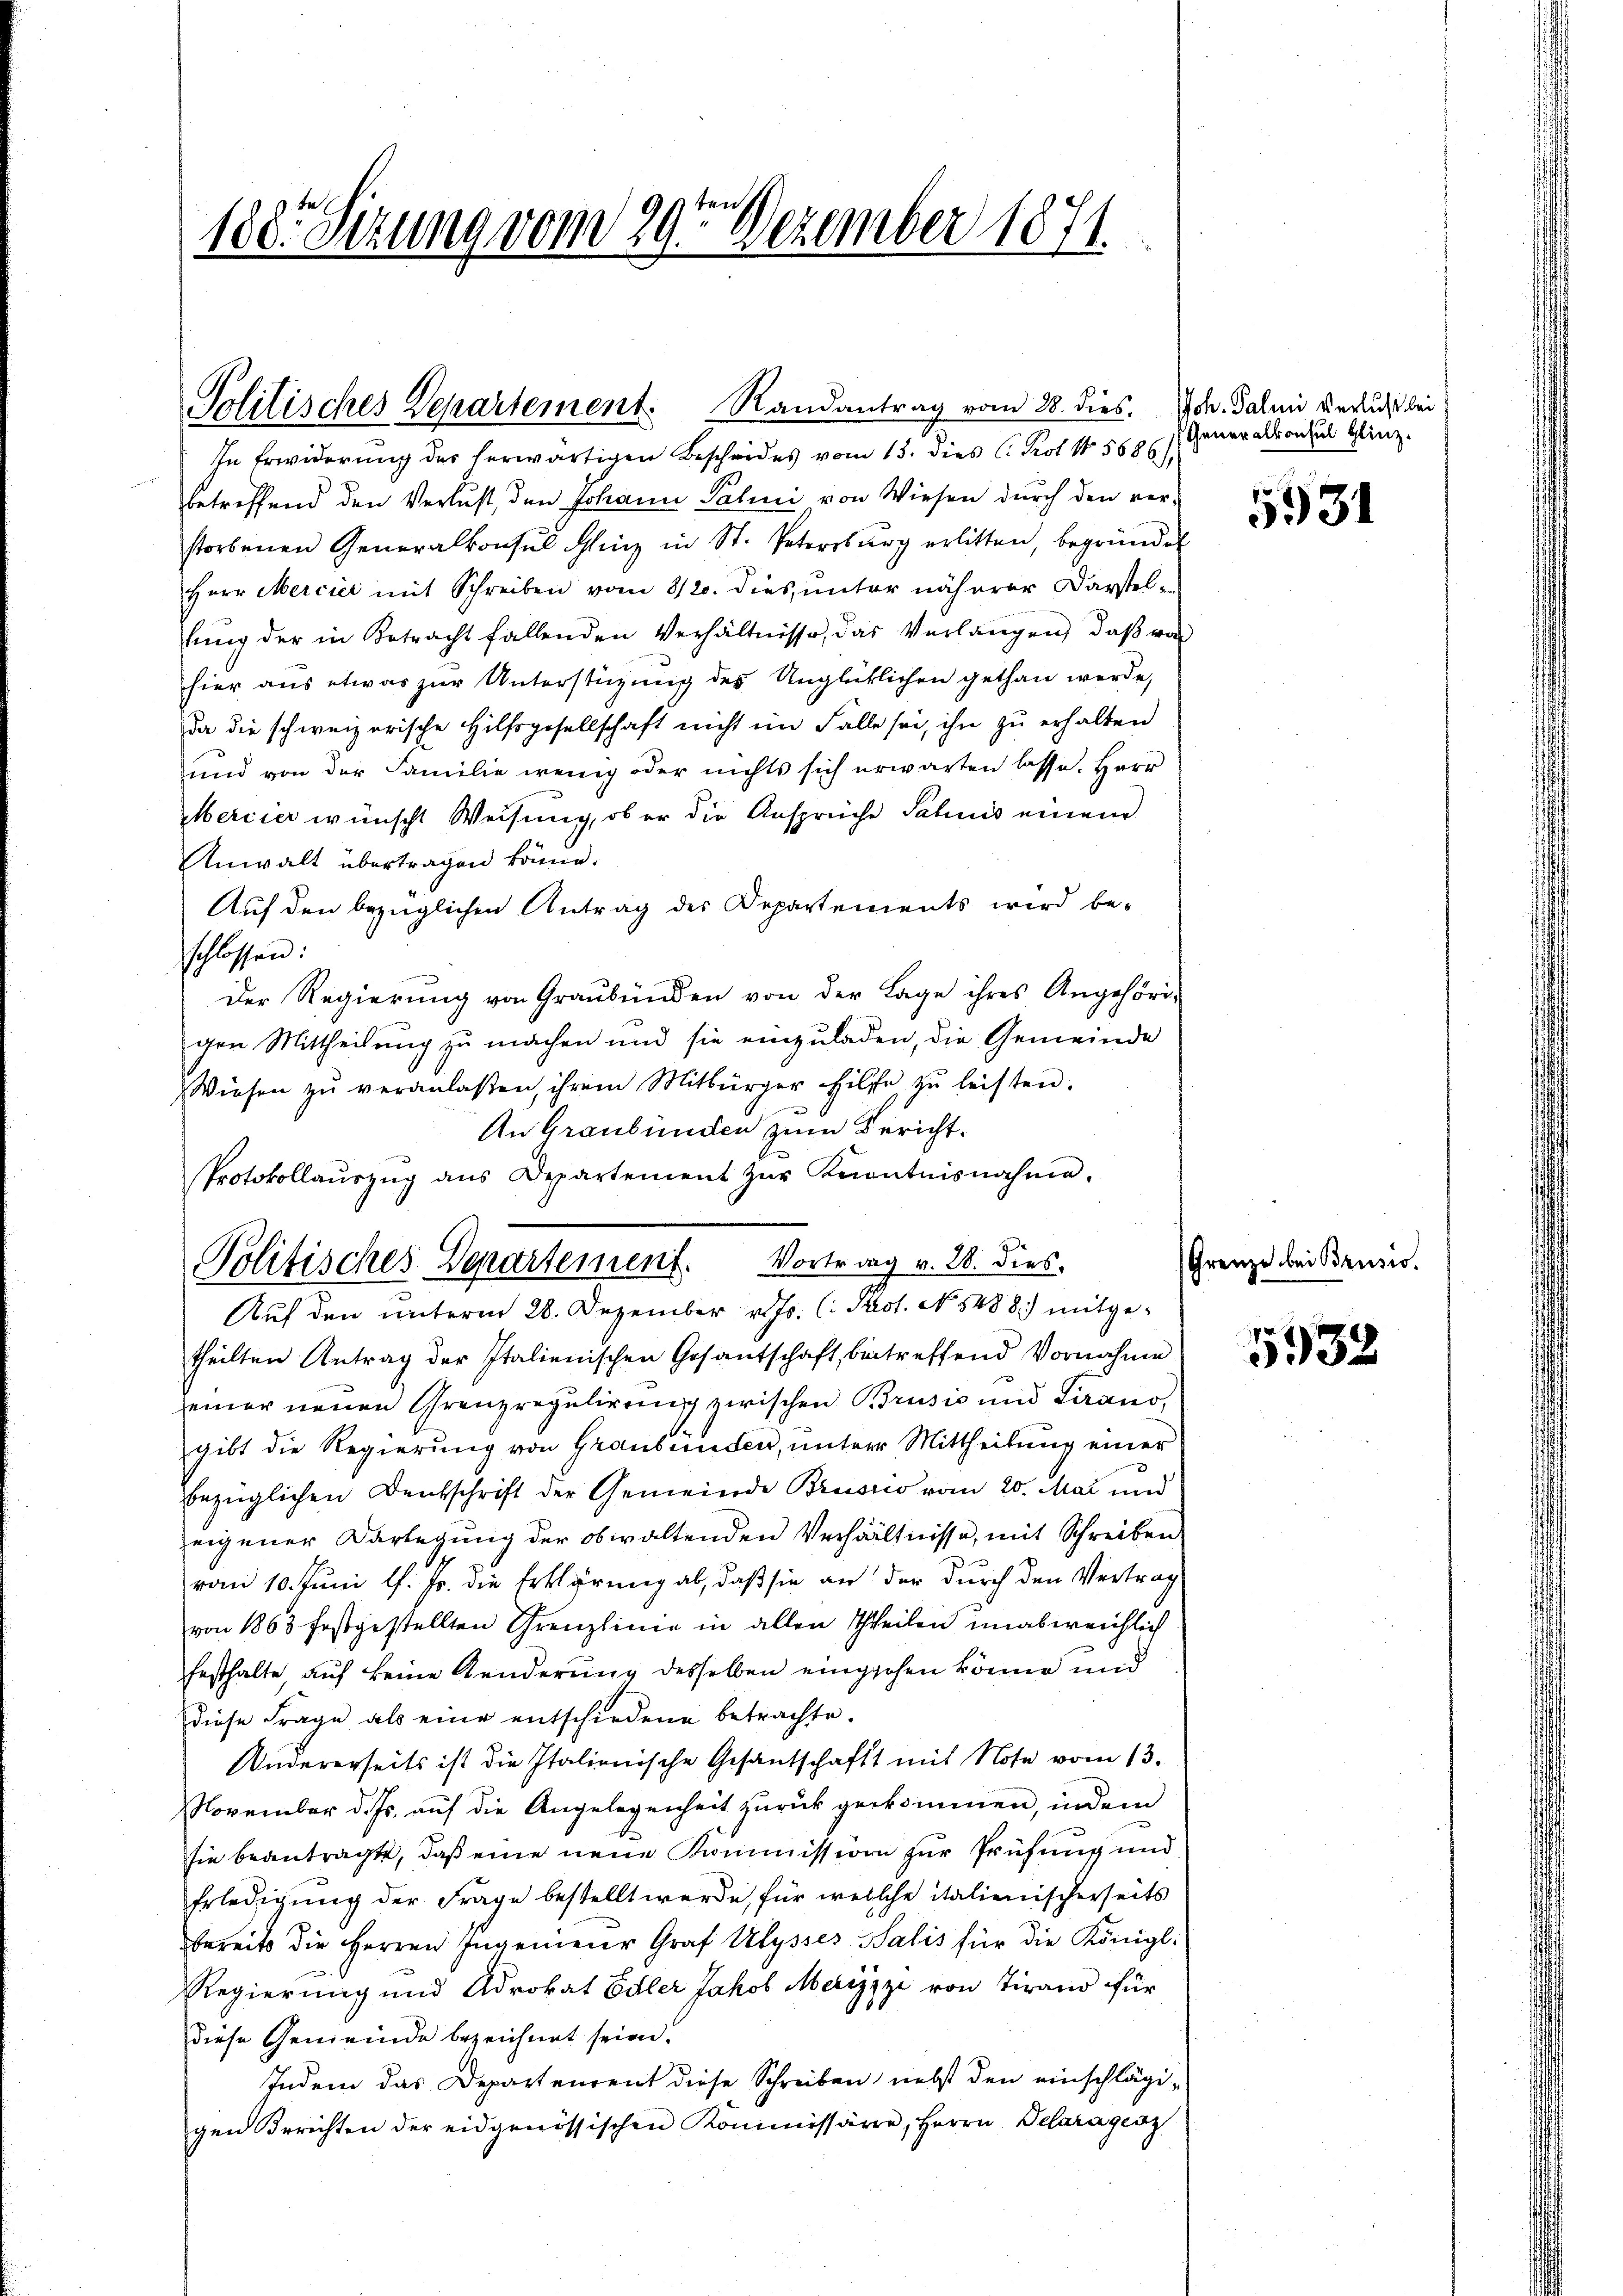
188. Sizung vom 29ten Dezember 1871.

Politisches Departement. Randantrag vom 28. dies. Hch. Salini versucht bei

Protokollaŭszŭg ans Departement zŭr Knontnisnahme.
Politisches Departement. Vortrag v. 28. dies.

In Erwiderung des herwärtigen Bescheides vom 13. dies C. Prot 1 5686
betreffend den Verlust, den Johann Palini von Wiesen durch den ver-
storbenen Generalkonsul Schinz in St. Petersburg erlitten, begründet
Herr Mercier mit Schreiben vom 8/20. dies ŭnter näherer Darstelfŭng der in Betracht fallenden Verhältnisse, das Verlangen, daβ von
hier aus etwas zur Unterstüzung des Unglücklichen gethan werde,
da die schweizerische Hilfsgesellschaft nicht im Falle sei, ihn zu erhalten
und von der Familie wenig oder nichts sich erwarten lasse. Herr
Mercier wünscht Weisung, ob er die Ansprüche Pabnis einem
Anwalt übertragen könne.
Auf den bezüglichen Antrag des Departements wird be-
schlossen:
Der Regierung von Graubünden von der Lage ihres Angehörigen Mittheilung zu machen und sie einzuladen, die Gemeinde
Wiesen zŭ veranlaßen, ihrem Mitbürger hilfe zŭ leisten.
An Graubünden zum Bericht.
Auf den unterm 28. Dezember v. Js. (: Past. No. 5488) mitgetheilten Antrag der Italienischen Gesantschaft, betreffend Vornahme
seiner neuen Grenzregulirung zwischen Brusić und Tirano
gibt die Regierung von Graubünden, unter Mittheilung einer
bezüglichen Denkschrift der Gemeinde Brussio vom 20. Mai und
eigener Darlegung der obwaltenden Verhältnisse, mit Schreiben
vom 10. Juni l. Js. die Erklärung ab, daß sie an der durch den Vertrag
von 1863 festgestellten Grenzlinie in allen Theilen unabweichlich
festhalte, auf keine Kinderung desselben eingehen könne und
diese Frage als eine entschiedene betrachte.
Andererseits ist die Italienische Gesantschaft mit Note vom 13.
November d. Js. auf die Angelegenheit zurückgekommen, indem
.
sie beantragte, daß eine neue Kommission zur Prüfung und
Erledigung der Frage bestellt werde, für welche italienischerseits
bereits die Herren Ingenieur Graf Ulysses Salis für die Königl.
Regierung und Advokat Edler Jakob Merizzzi von Tirand für
diese Gemeinde bezeichnet seien.
Indem das Departenrent diese Schreiben, nebst den einschlägigen Berichten der eidgenössischen Kommissären, Herrn Delaragesz

Generalkonsul Glinz.

5931

Grenze bei Brusio.

5932